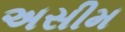
અસીમ